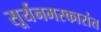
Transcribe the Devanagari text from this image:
सूर्यनमस्कारांत